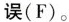
误(F)。